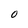
Character: 0